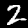
Label: 2